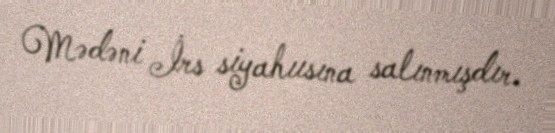
Mədəni İrs siyahıısına salınmışdır.